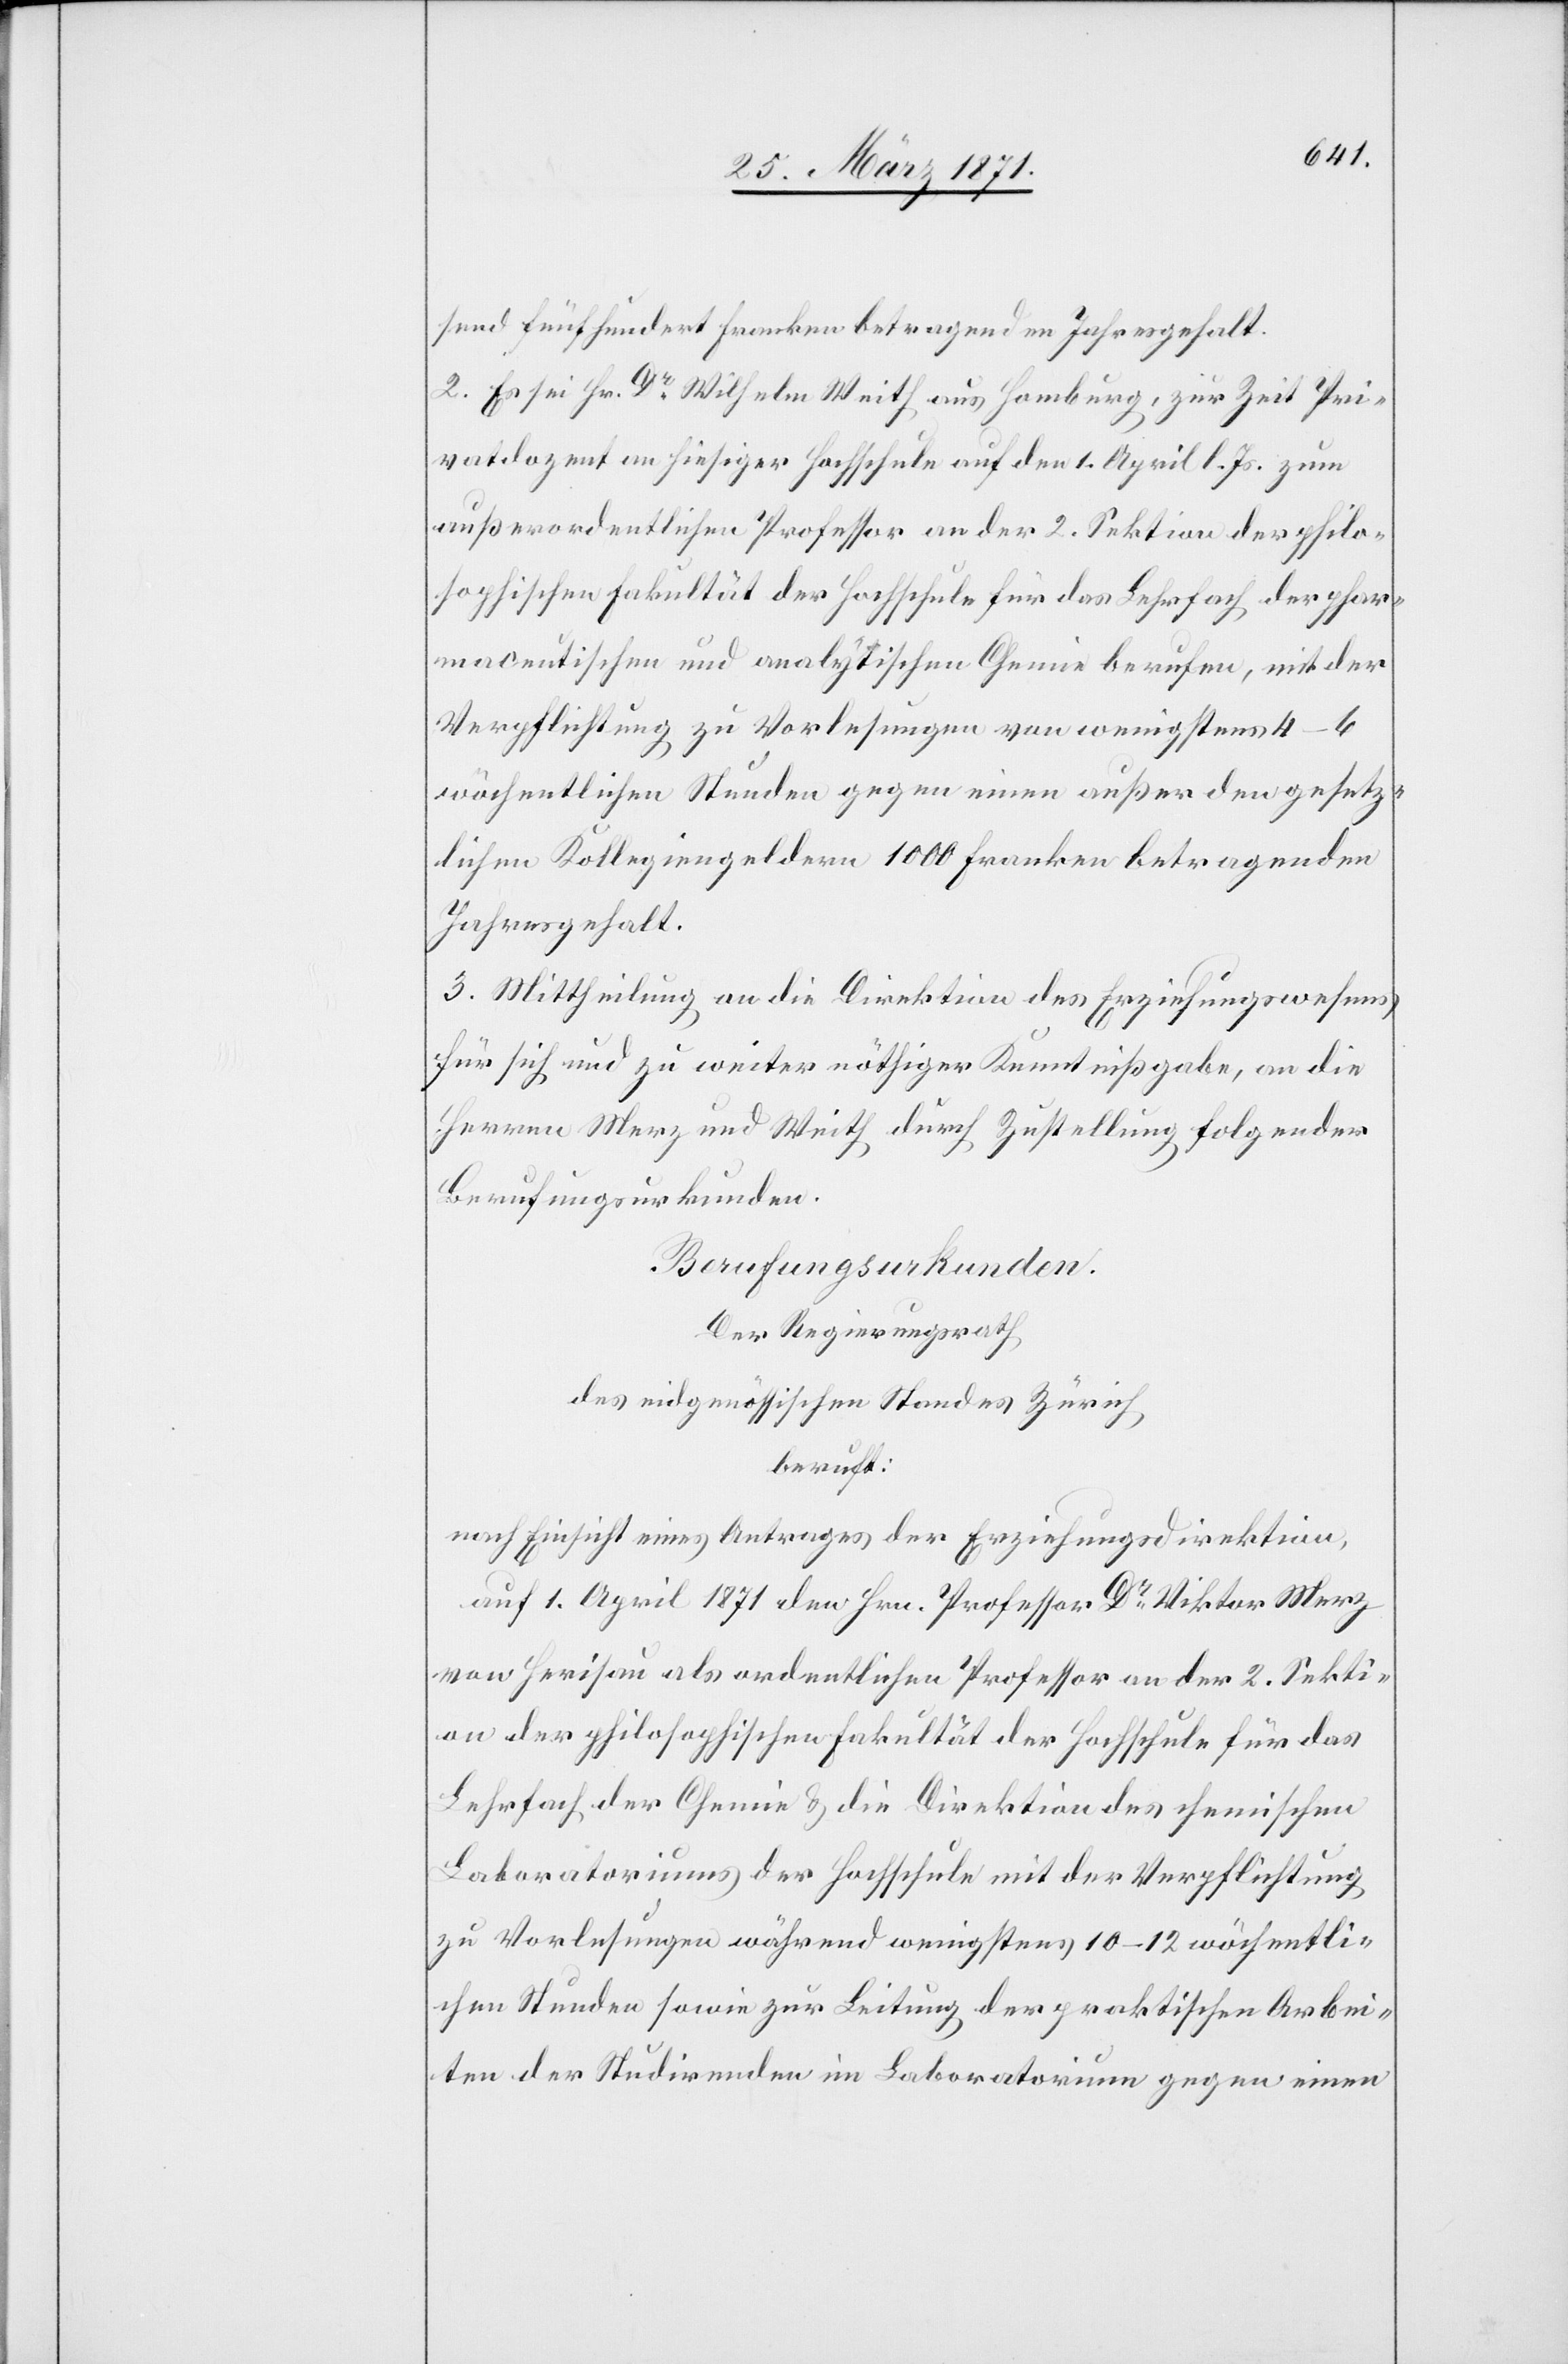
send fünfhundert Franken betragenden Jahresgehalt.
2. Es sei Hr. Dr Wilhelm Weith aus Hamburg, zur Zeit Pri¬
vatdozent an hiesiger Hochschule auf den 1. April l. Js. zum
außerordentlichen Professor an der 2. Sektion der philo¬
sophischen Fakultät der Hochschule für das Lehrfach der phar¬
maceutischen und analytischen Chemie berufen, mit der
Verpflichtung zu Vorlesungen von wenigstens 4–6
wöchentlichen Stunden gegen einen außer den gesetz¬
lichen Kollegiengeldern 1000 Franken betragenden
Jahresgehalt.
3. Mittheilung an die Direktion des Erziehungswesens
für sich und zu weiter nöthiger Kenntnißgabe, an die
Herren Merz und Weith durch Zustellung folgender
Berufungsurkunden.
Der Regierungsrath
des eidgenössischen Standes Zürich,
beruft:
nach Einsicht eines Antrages der Erziehungsdirektion,
auf 1. April 1871 den Hrn. Professor Dr Viktor Merz
von Herisau als ordentlichen Professor an der 2. Sekti¬
on der philosophischen Fakultät der Hochschule für das
Lehrfach der Chemie u. die Direktion des chemischen
Laboratoriums der Hochschule mit der Verpflichtung
zu Vorlesungen während wenigstens 10–12 wöchentli¬
chen Stunden sowie zur Leitung der praktischen Arbei¬
ten der Studirenden im Laboratorium gegen einen